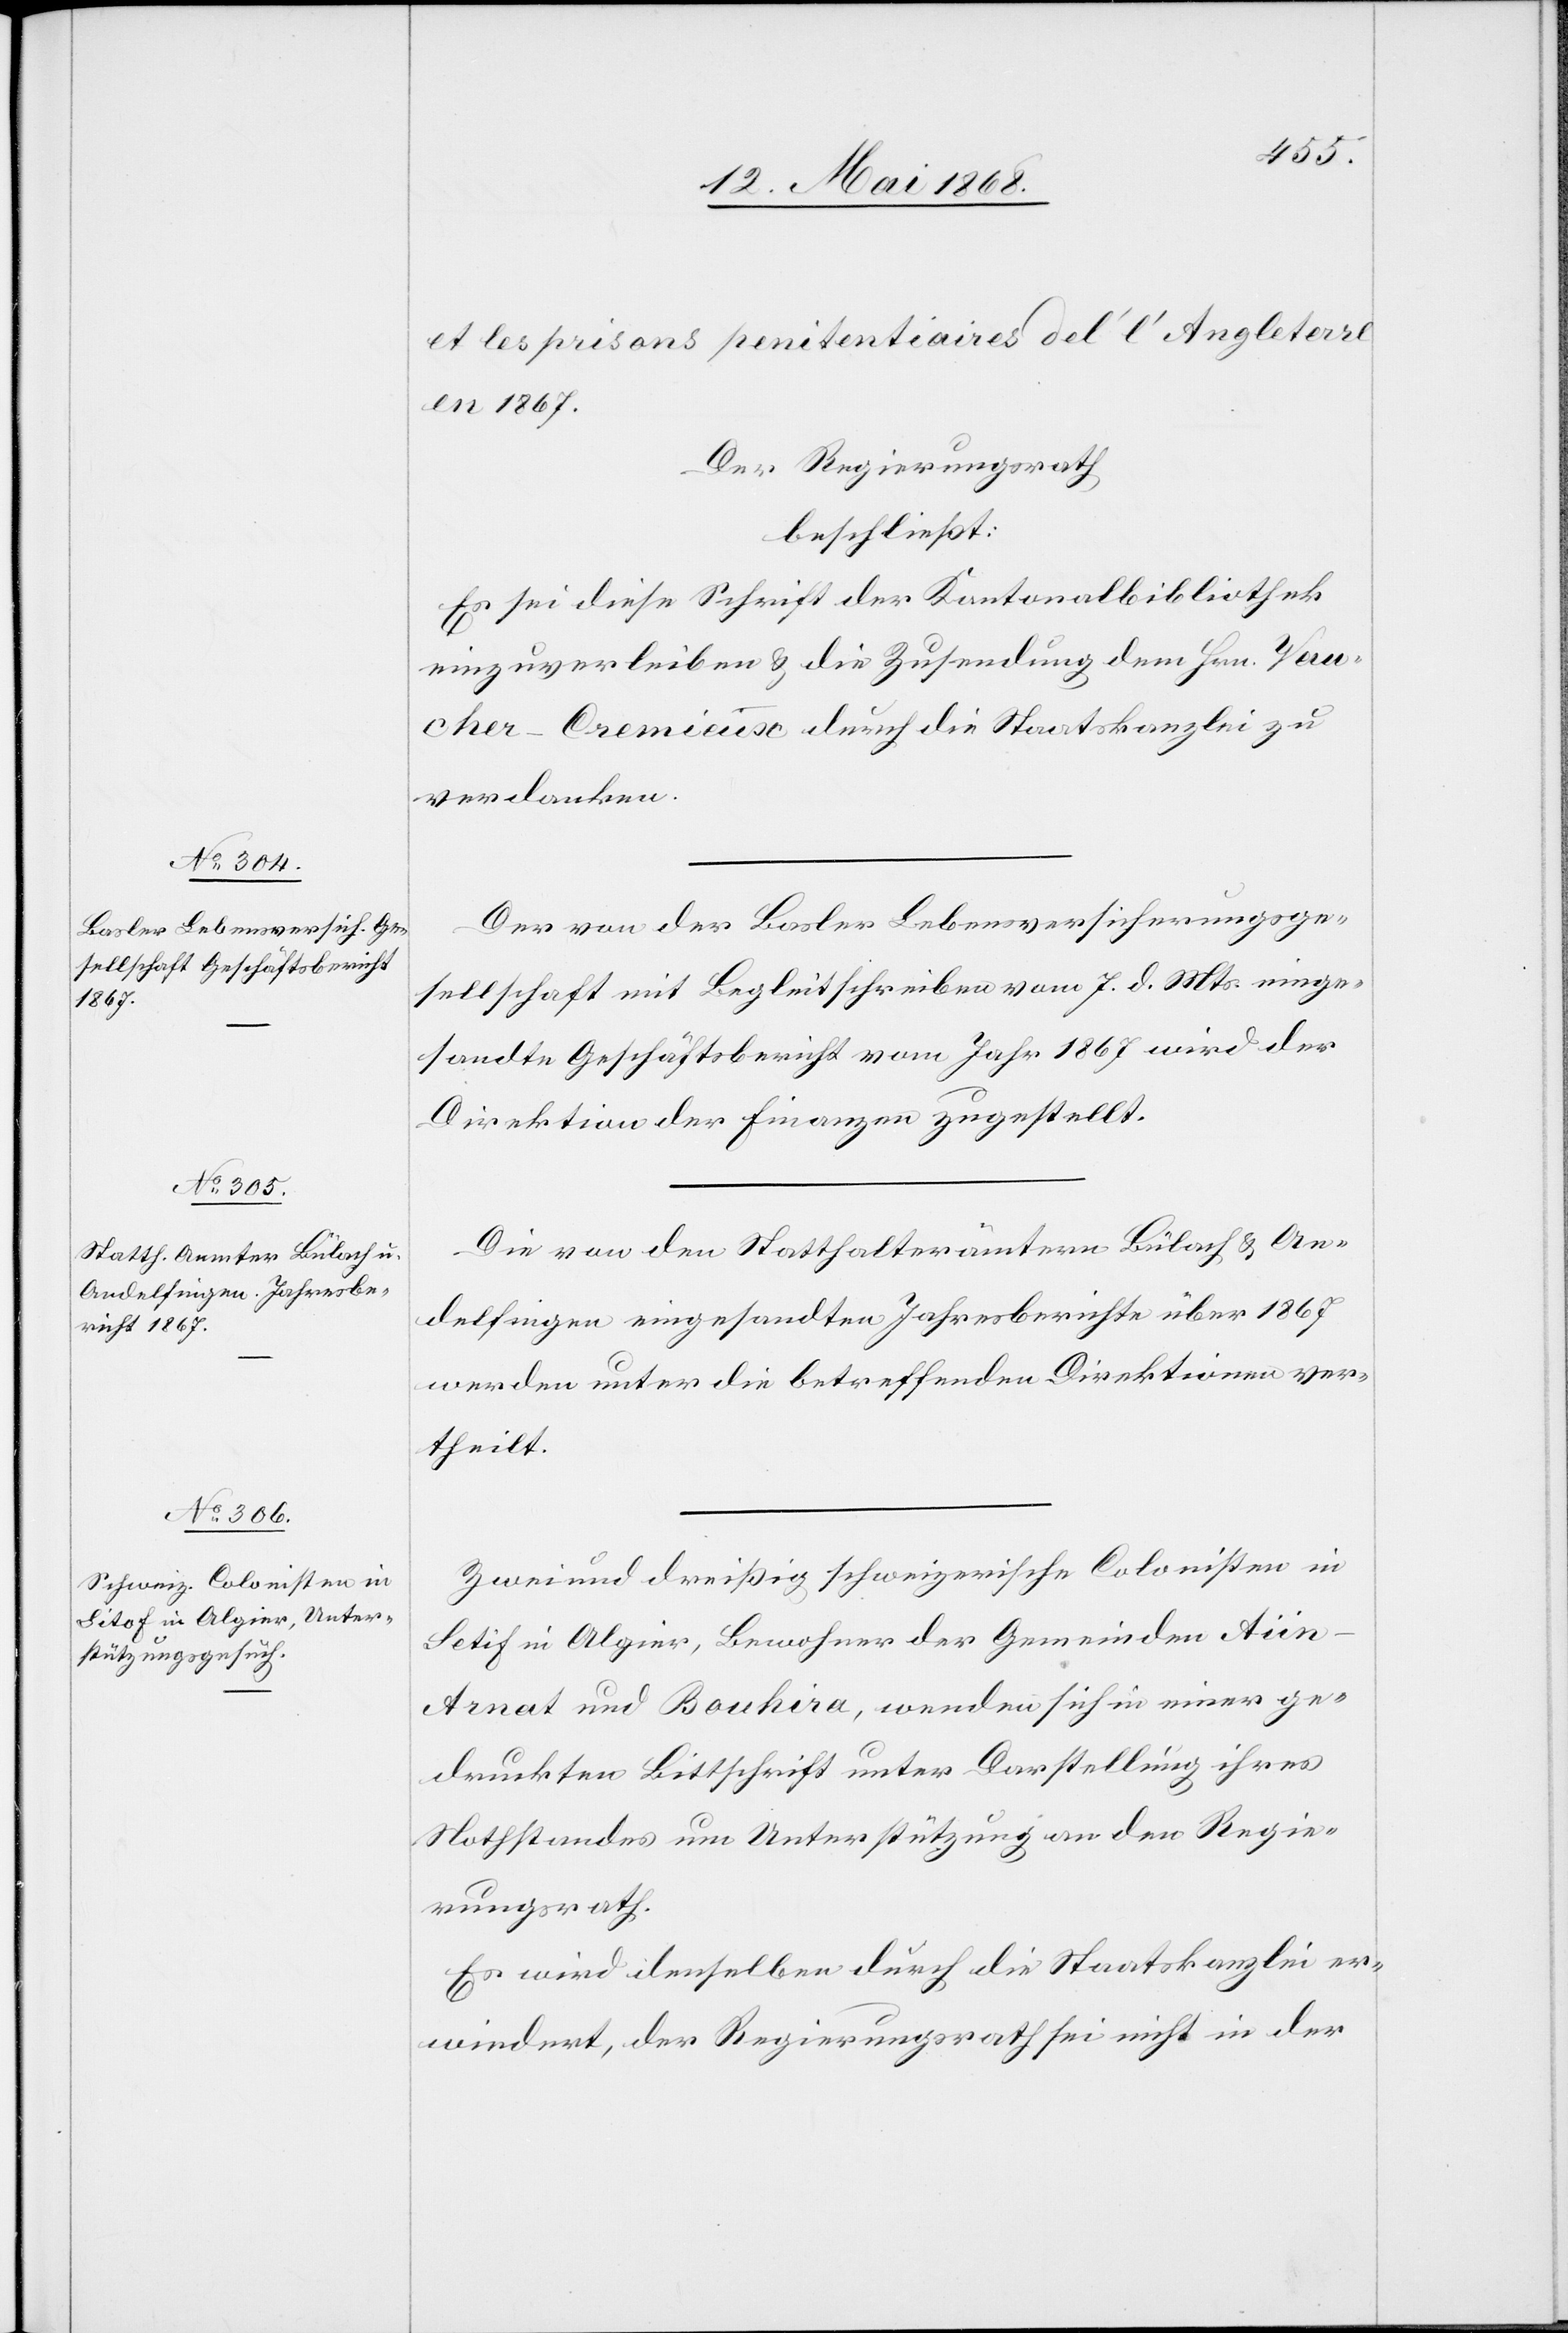
et les prisons penitentiaires del‘ [sic!] l’Angleterre
en 1867.
Der Regierungsrath
beschließt:
Es sei diese Schrift der Kantonalbibliothek
einzuverleiben & die Zusendung dem Hrn. Vau¬
cher-Cremieux durch die Staatskanzlei zu
verdanken.
Der von der Basler Lebensversicherungsge¬
sellschaft mit Begleitschreiben vom 7. d. Mts. einge¬
sandte Geschäftsbericht vom Jahr 1867 wird der
Direktion der Finanzen zugestellt.
Die von den Statthalterämtern Bülach & An¬
delfingen eingesandten Jahresberichte über 1867
werden unter die betreffenden Direktionen ver¬
theilt.
Zwei und dreißig schweizerische Colonisten in
Setif in Algier, Bewohner der Gemeinden Aiin-A¬
rnat und Bouhira, wenden sich in einer ge¬
druckten Bittschrift unter Darstellung ihres
Nothstandes um Unterstützung an den Regie¬
rungsrath.
Es wird denselben durch die Staatskanzlei er¬
wiedert, der Regierungsrath sei nicht in der